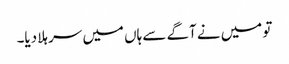
تو میں نے آگے سے ہاں میں سر ہلا دیا۔